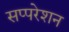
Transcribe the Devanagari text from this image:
सप्परेशन